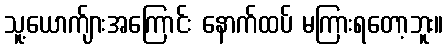
သူ့ယောက်ျားအကြောင်း နောက်ထပ် မကြားရတော့ဘူး။